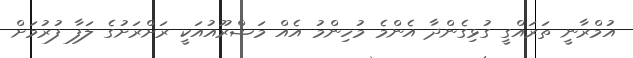
އުމްރާނީ ތަރައްގީ ގުޅިގެންދާ އެންމެ މުހިންމު އެއް މަޝްރޫއުއަކީ ރަށްރަށުގެ ލަފާ ފުރުމަށް